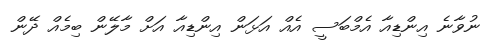
ނުވާނެ އިންޑިއާ އެމްބަސީ އެއް އަޅަން އިންޑިއާ އަށް މާލޭން ބިމެއް ދޭން